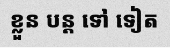
ខ្លួន បន្ត ទៅ ទៀត